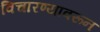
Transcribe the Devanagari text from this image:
विचारण्यावरून